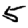
Digit: 5